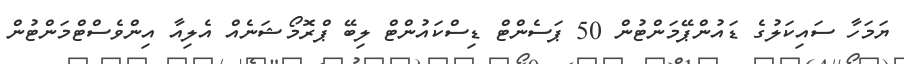
ޔަމަހާ ސައިކަލުގެ ޑައުންޕޭމަންޓުން 50 ޕަސެންޓް ޑިސްކައުންޓް ލިބޭ ޕްރޮމޯޝަނެއް އެލިއާ އިންވެސްޓްމަންޓުން